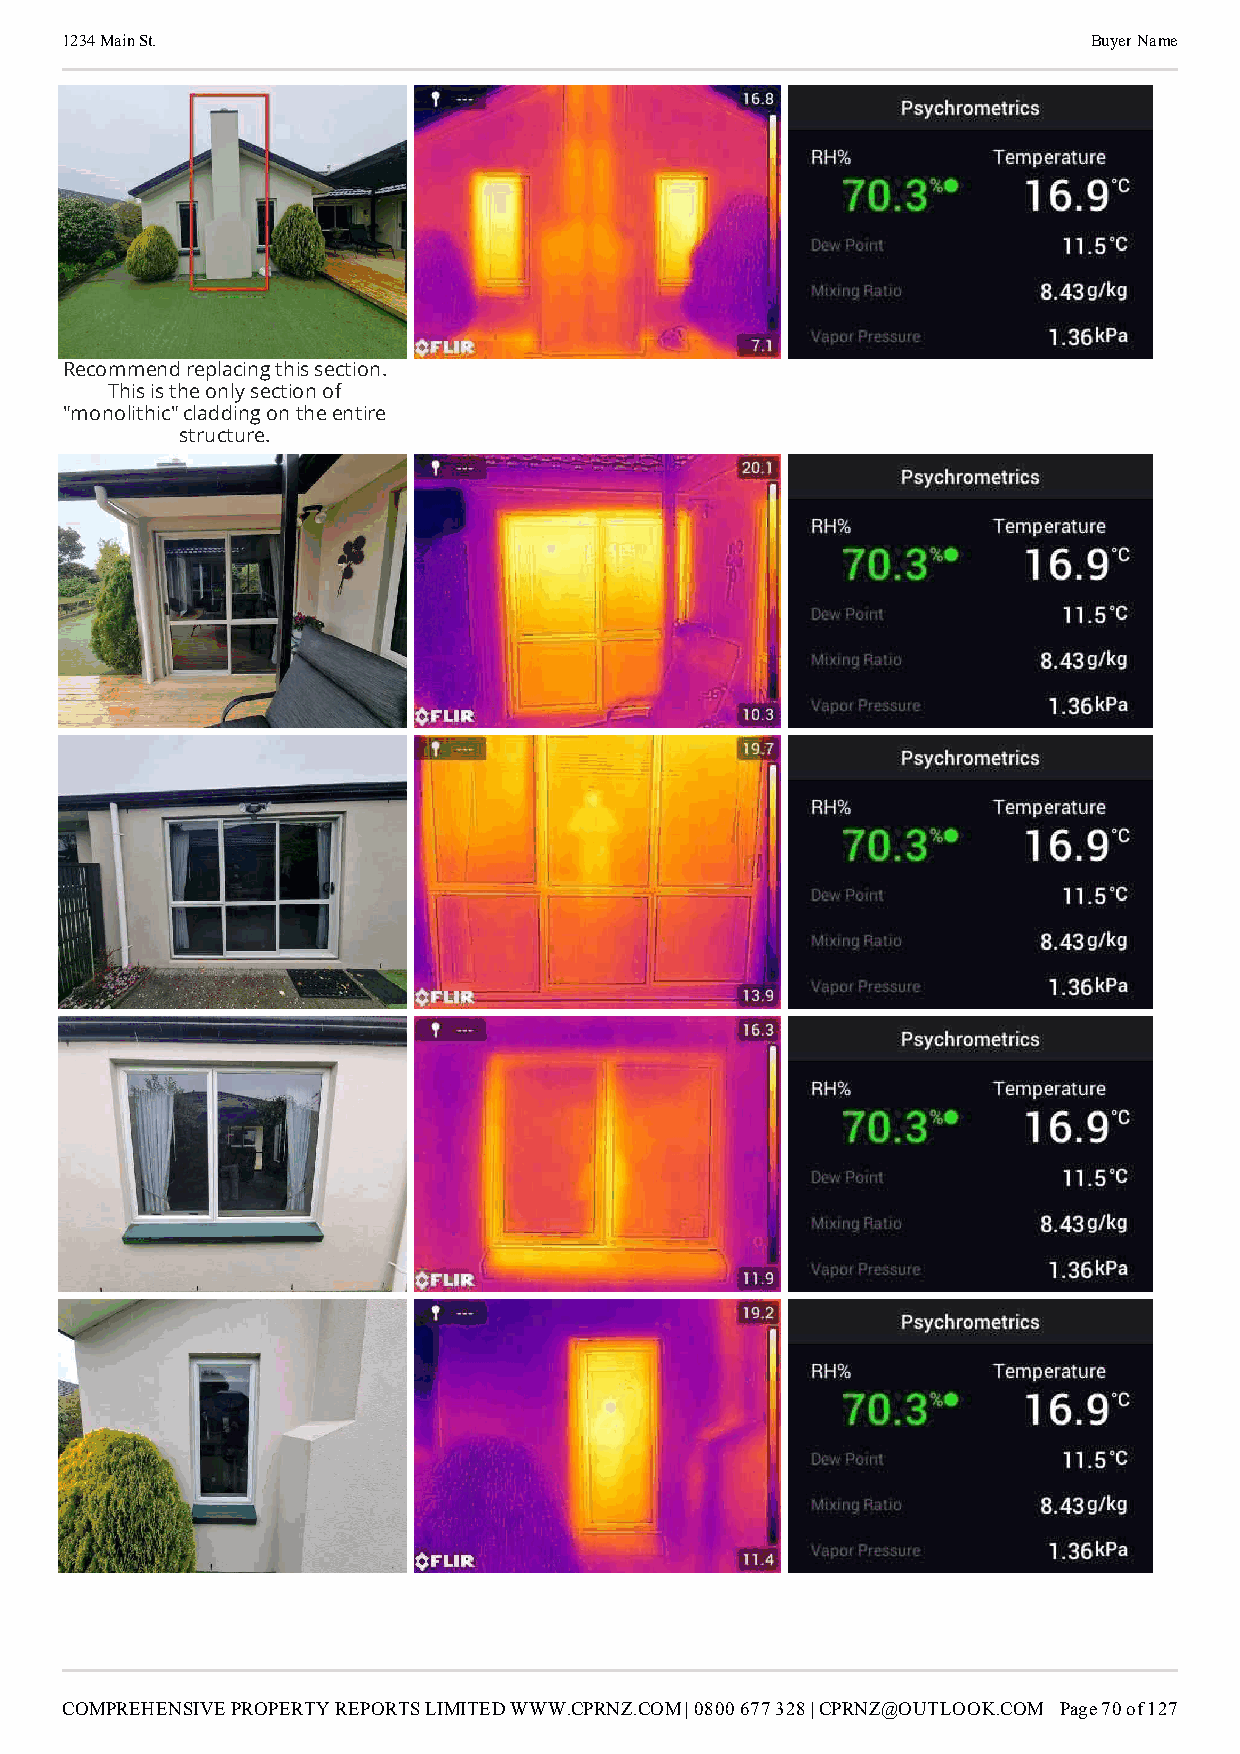
1234 Main St.                                                       Buyer Name
 Recommend replacing this section.
 This is the only section of
 "monolithic" cladding on the entire
 structure.
 COMPREHENSIVE PROPERTY REPORTS LIMITED WWW.CPRNZ.COM | 0800 677 328 | CPRNZ@OUTLOOK.COM Page 70 of 127